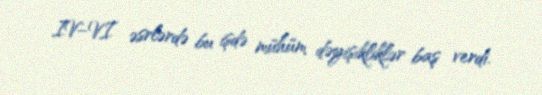
IV–VI əsrlərdə bu işdə mühüm dəyişikliklər baş verdi.